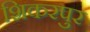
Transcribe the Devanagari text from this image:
शिकरपुर